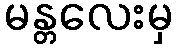
မန္တလေးမှ